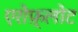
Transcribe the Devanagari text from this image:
एरोफ़्लोट